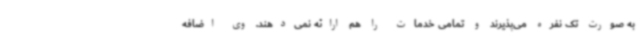
به صورت تک نفره می‌پذیرند و تمامی خدمات را هم ارائه نمی‌دهند. وی اضافه